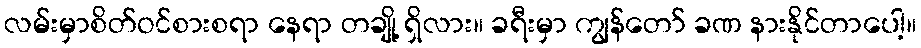
လမ်းမှာစိတ်ဝင်စားစရာ နေရာ တချို့ ရှိလား။ ခရီးမှာ ကျွန်တော် ခဏ နားနိုင်တာပေါ့။